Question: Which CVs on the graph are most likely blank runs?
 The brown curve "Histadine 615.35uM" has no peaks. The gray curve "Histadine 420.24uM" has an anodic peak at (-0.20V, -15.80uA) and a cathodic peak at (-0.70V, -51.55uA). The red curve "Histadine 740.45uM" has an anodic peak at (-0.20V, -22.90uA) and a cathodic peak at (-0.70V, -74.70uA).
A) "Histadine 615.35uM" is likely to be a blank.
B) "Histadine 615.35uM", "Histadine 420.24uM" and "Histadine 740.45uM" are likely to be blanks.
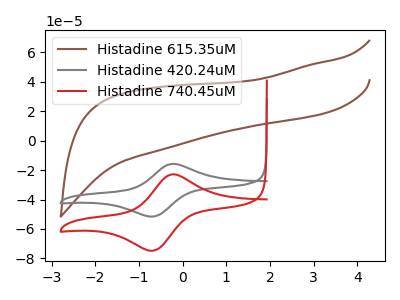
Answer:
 <answer>A) "Histadine 615.35uM" is likely to be a blank.</answer>
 <eval>A</eval>